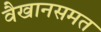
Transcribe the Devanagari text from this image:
वैखानसमत